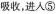
吸收，进入⑤